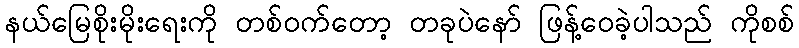
နယ်မြေစိုးမိုးရေးကို တစ်ဝက်တော့ တခုပဲနော် ဖြန့်ဝေခဲ့ပါသည် ကိုစစ်